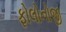
ફોલોનોજી